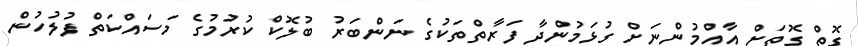
ގޮތް ގޮތަށް އާއްމުންނަށް ގުޅަމުންދާ ފަރާތްތަކުގެ ނަންބަރު ބުލޮކް ކުރުމުގެ މަސައްކަތް ފުލުހުން